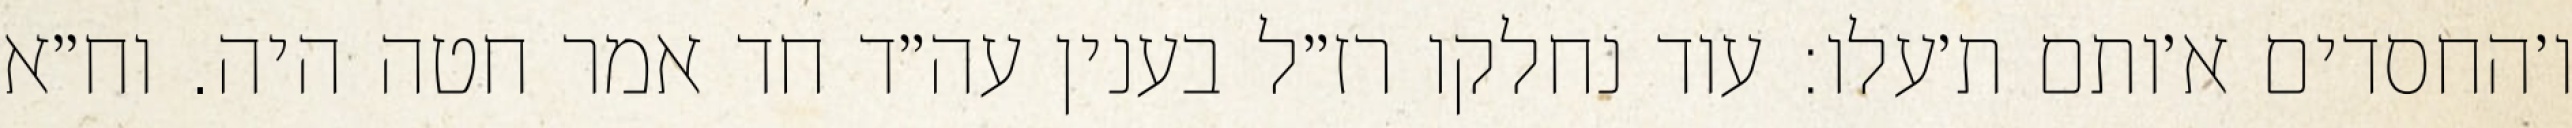
ו׳החסדים א׳ותם ת׳עלו: עוד נחלקו רז״ל בענין עה״ד חד אמר חטה היה. וח״א